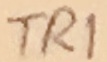
Text: TR1